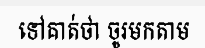
ទៅគាត់ថា ចូរមកតាម